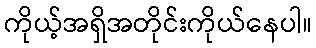
ကိုယ့်အရှိအတိုင်းကိုယ်နေပါ။